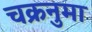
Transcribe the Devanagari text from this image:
चक्रनुमा